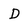
Character: D